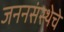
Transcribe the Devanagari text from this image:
जननसंस्थेचे